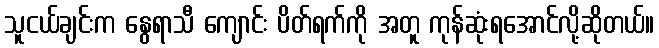
သူငယ်ချင်းက နွေရာသီ ကျောင်း ပိတ်ရက်ကို အတူ ကုန်ဆုံးရအောင်လို့ဆိုတယ်။